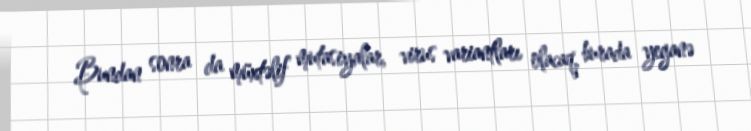
Bundan sonra da müxtəlif mutasiyalar, virus variantları olacaq, burada yeganə